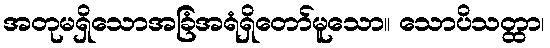
အတုမရှိသောအခြံအရံရှိတော်မူသော။ သောပိသတ္ထာ၊